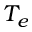
T _ { e }